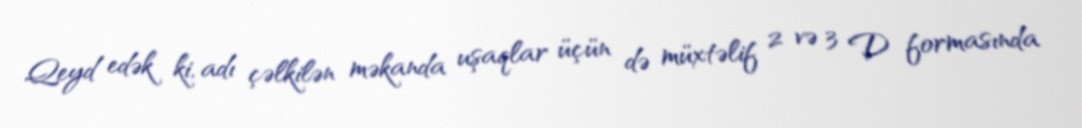
Qeyd edək ki, adı çəlkilən məkanda uşaqlar üçün də müxtəlif 2 və 3 D formasında